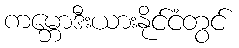
ကမ္ဘောဒီးယားနိုင်ငံတွင်